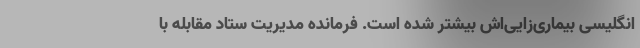
انگلیسی بیماری‌زایی‌اش بیشتر شده است. فرمانده مدیریت ستاد مقابله با